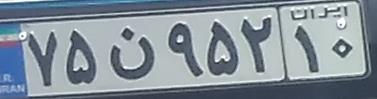
۷۵ن۹۵۲۱۰